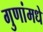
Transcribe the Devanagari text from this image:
गुणांमधे